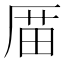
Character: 𠪄